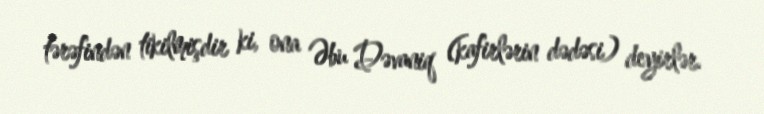
tərəfindən tikilmişdir ki, ona Əbu Dəvaniq (kafirlərin dədəsi) deyirlər.